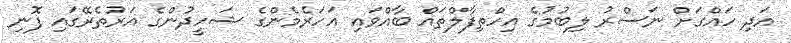
އަދި ހައްގަށް ނަސްރު ލިބުމުގެ އިހްތިފާލްތައް ބާއްވައި އަހަރެމެންގެ ޝަހީދުންގެ އަރުތެރޭގައި ފޮނި